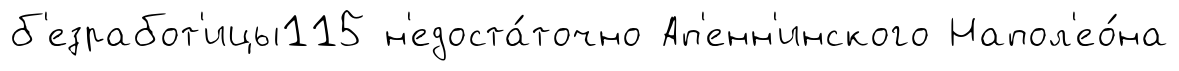
б'езработ'ицы115 н'едоста́точно Ап'енн'инского Напол'ео́на